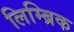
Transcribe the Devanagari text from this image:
लिम्ब्रिक